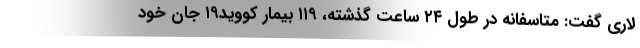
لاری گفت: متاسفانه در طول ۲۴ ساعت گذشته، ۱۱۹ بیمار کووید۱۹ جان خود